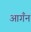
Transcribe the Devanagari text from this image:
आगँन